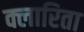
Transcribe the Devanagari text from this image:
क्लारिता